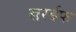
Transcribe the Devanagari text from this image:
खरईफ